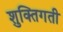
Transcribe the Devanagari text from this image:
शुक्तिगती